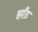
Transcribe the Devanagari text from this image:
झाँड